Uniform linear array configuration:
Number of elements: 64
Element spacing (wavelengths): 0.25
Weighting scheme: uniform
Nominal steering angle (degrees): -60
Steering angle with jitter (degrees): -59.057
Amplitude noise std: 0.05
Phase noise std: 0.05

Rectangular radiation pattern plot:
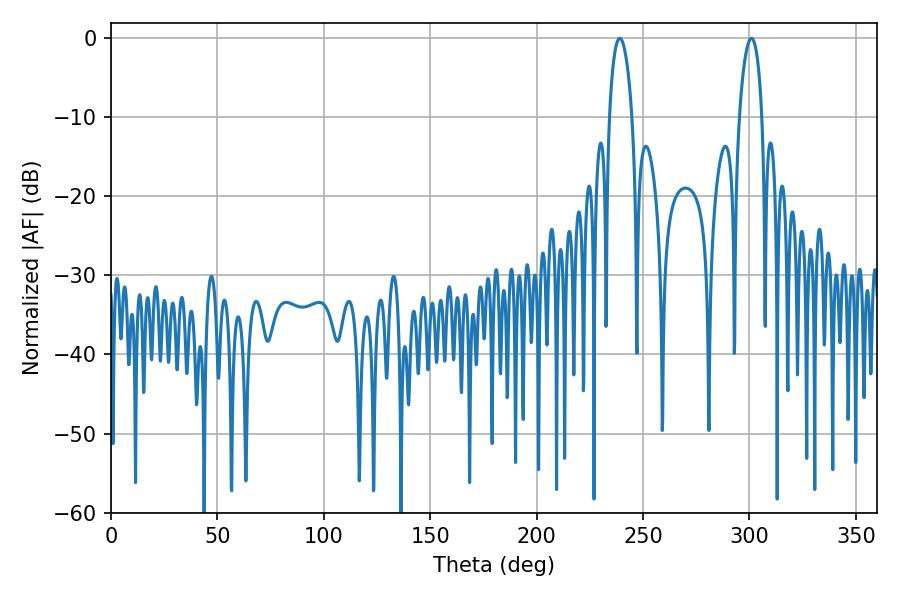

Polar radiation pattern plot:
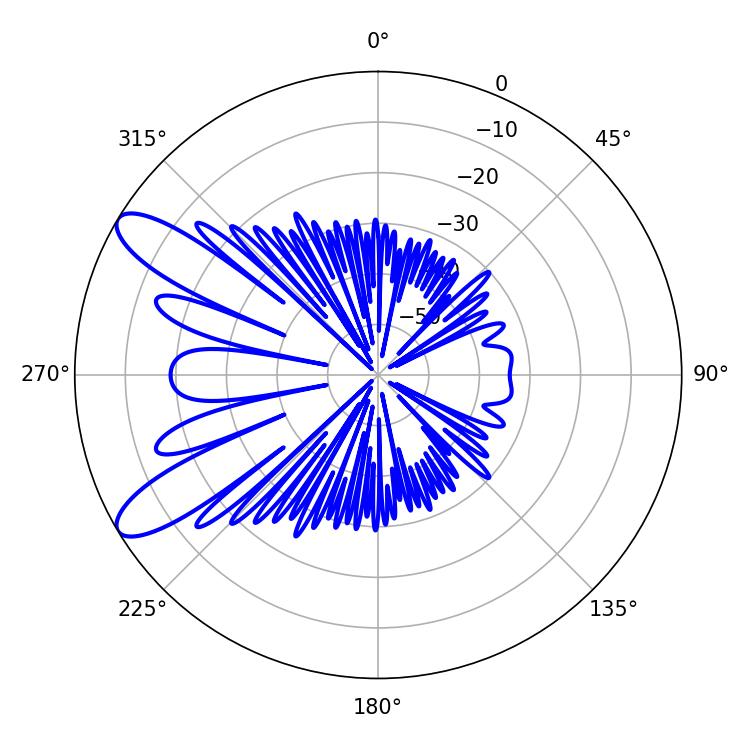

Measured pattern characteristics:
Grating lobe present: FALSE
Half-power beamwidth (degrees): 6.12
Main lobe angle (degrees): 239.04